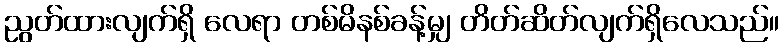
ညွတ်ထားလျက်ရှိ လေရာ တစ်မိနစ်ခန့်မျှ တိတ်ဆိတ်လျက်ရှိလေသည်။